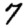
Digit: 7